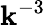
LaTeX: \mathbf{k}^{-3}